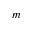
\boldsymbol { m }